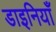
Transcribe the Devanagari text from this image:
डाइनियाँ